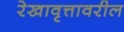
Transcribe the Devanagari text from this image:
रेखावृत्तावरील